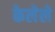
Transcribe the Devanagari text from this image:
केलेेले